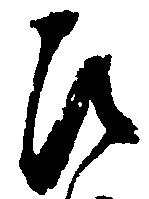
ひ